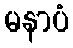
မနာပံ